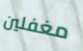
مغفلين